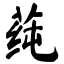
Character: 莼